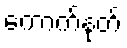
ကောက်နုတ်